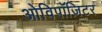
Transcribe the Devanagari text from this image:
ओविपॉज़िटर